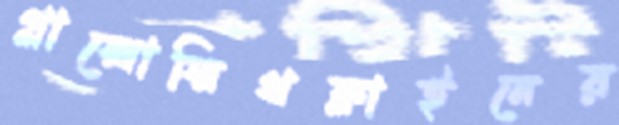
গ্লাক্সোস্মিথক্লাইনের